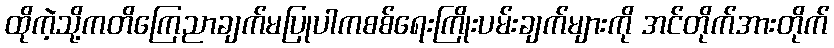
ထိုကဲ့သို့ကတိကြေညာချက်မပြုပါကစစ်ရေးကြိုးပမ်းချက်များကို အင်တိုက်အားတိုက်